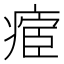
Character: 𱱛